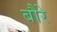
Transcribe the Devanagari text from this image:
बौरे